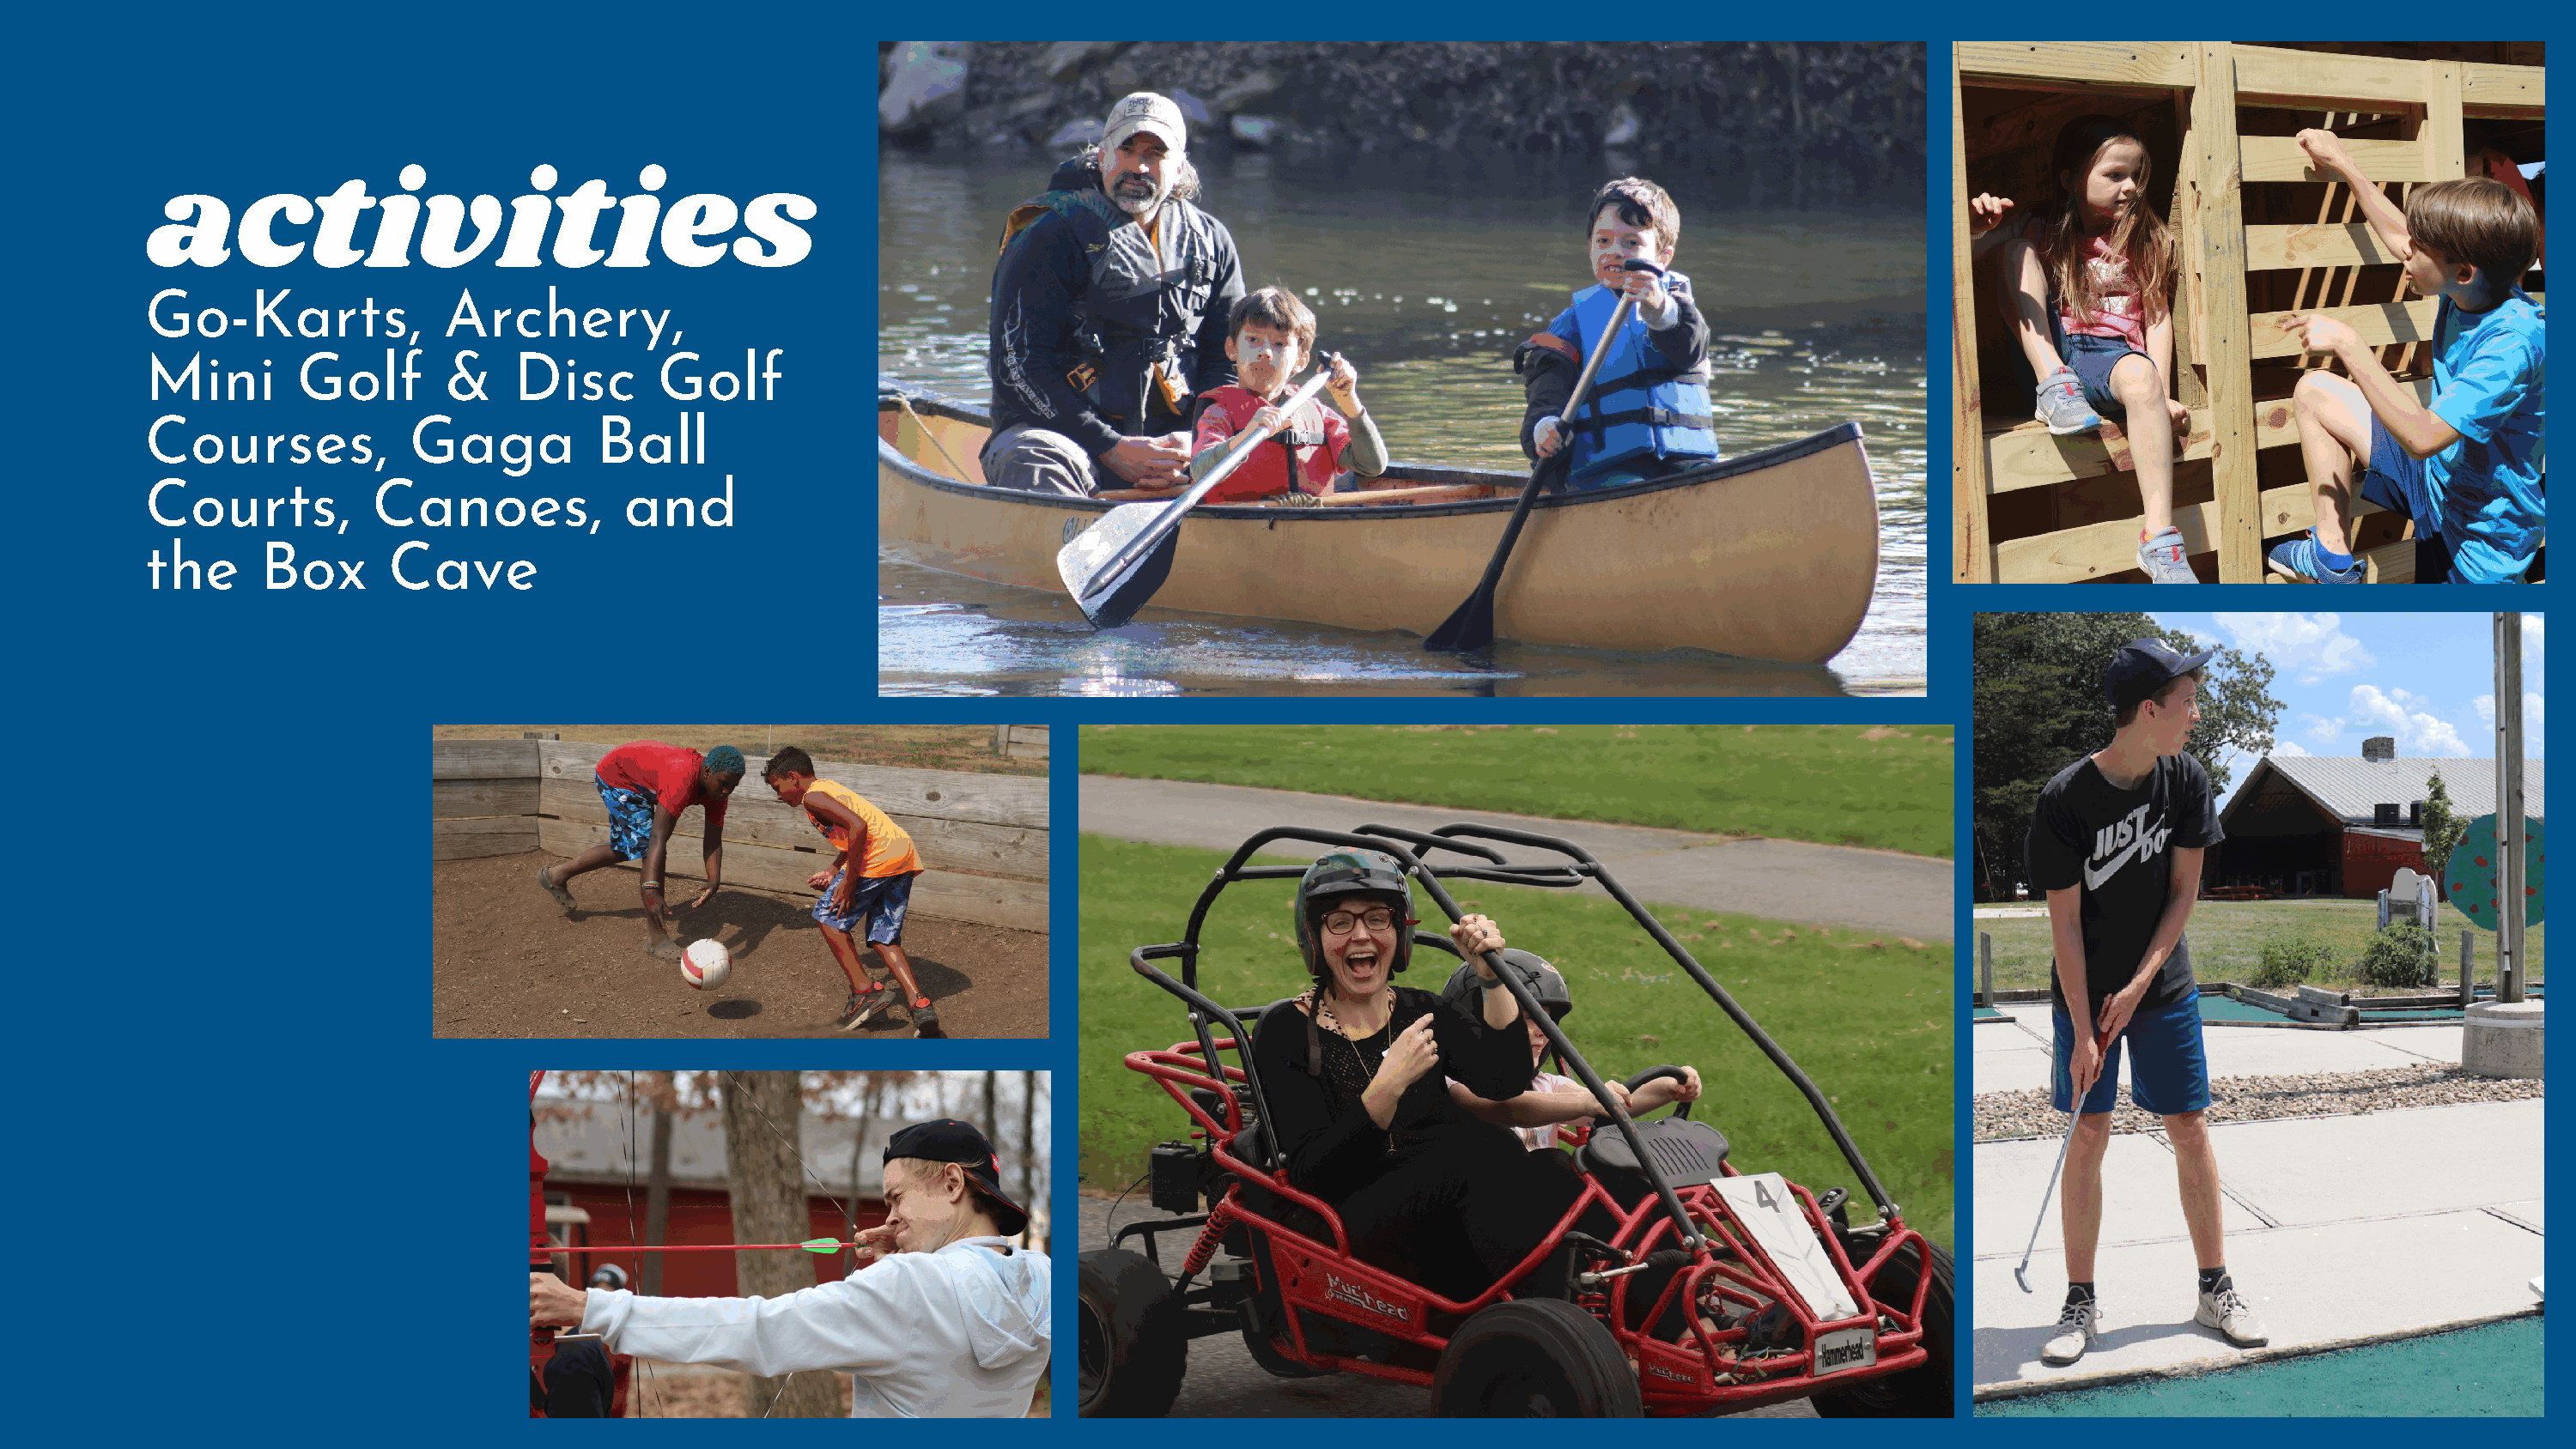
activities
 Go-Karts,              Archery,
 Mini        Golf       &     Disc       Golf
 Courses,             Gaga          Ball
 Courts,           Canoes,            and
 the      Box       Cave